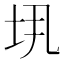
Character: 𫭤